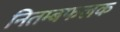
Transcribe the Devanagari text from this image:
नितम्बफलक